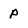
Character: P